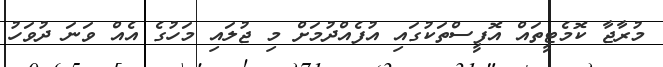
މުރާޖާ ކޮމެޓީތައް އޮފީސްތަކުގައި އުފެއްދުމަށް މި ޖުލައި މަހުގެ އެއް ވަނަ ދުވަހު